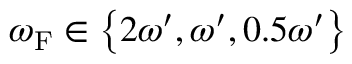
\omega _ { \mathrm { { F } } } \in \left\lbrace 2 \omega ^ { \prime } , \omega ^ { \prime } , 0 . 5 \omega ^ { \prime } \right\rbrace